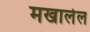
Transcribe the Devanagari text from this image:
मखालेल